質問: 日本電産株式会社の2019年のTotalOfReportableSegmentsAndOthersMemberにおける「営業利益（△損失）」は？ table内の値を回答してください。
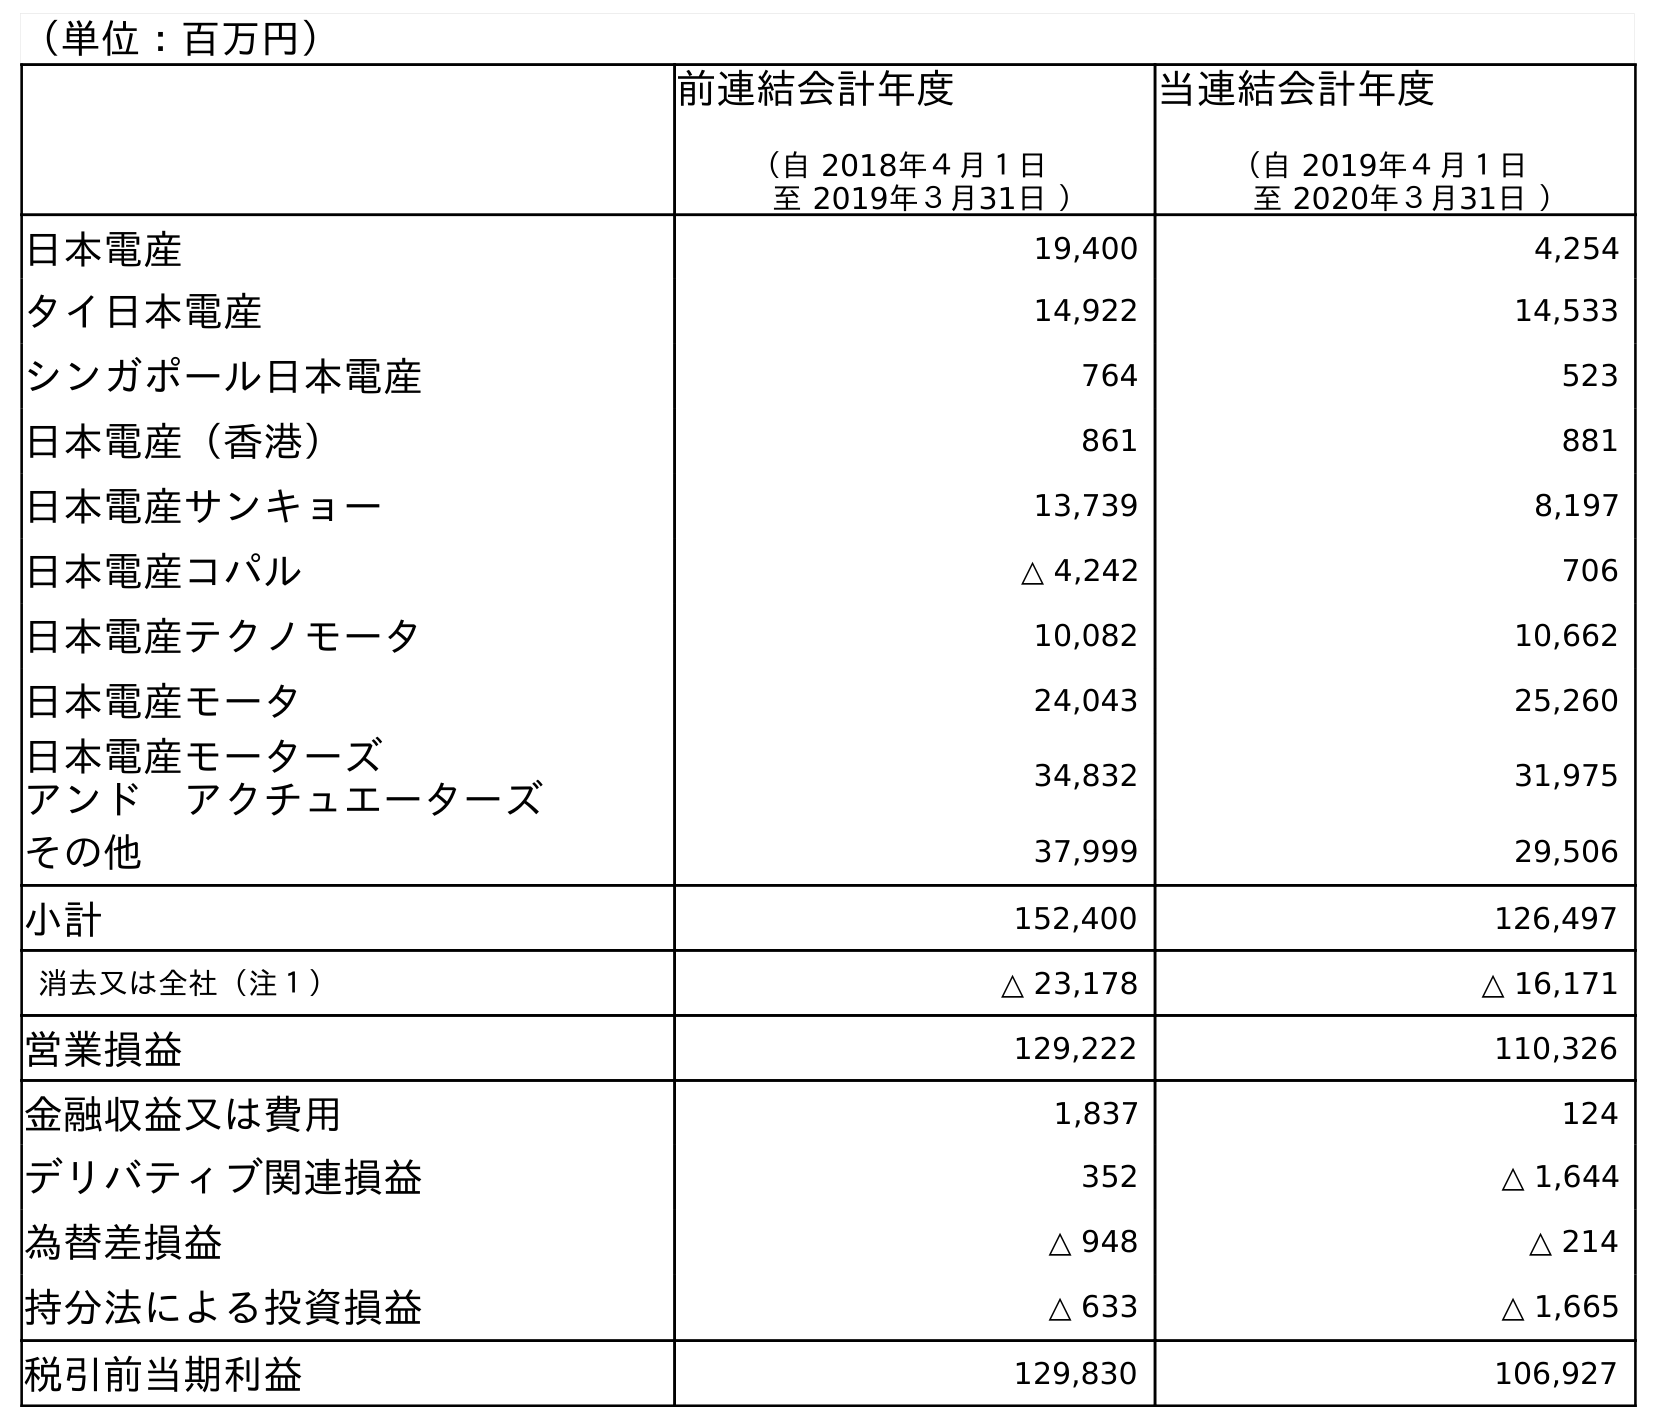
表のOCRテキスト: （単位：百万円） 前連結会計年度 （自 2018年４月１日 至 2019年３月31日 ） 当連結会計年度 （自 2019年４月１日 至 2020年３月31日 ） 日本電産 19,400 4,254 タイ日本電産 14,922 14,533 シンガポール日本電産 764 523 日本電産（香港） 861 881 日本電産サンキョー 13,739 8,197 日本電産コパル △ 4,242 706 日本電産テクノモータ 10,082 10,662 日本電産モータ 24,043 25,260 日本電産モーターズ アンド アクチュエーターズ 34,832 31,975 その他 37,999 29,506 小計 152,400 126,497 消去又は全社（注１） △ 23,178 △ 16,171 営業損益 129,222 110,326 金融収益又は費用 1,837 124 デリバティブ関連損益 352 △ 1,644 為替差損益 △ 948 △ 214 持分法による投資損益 △ 633 △ 1,665 税引前当期利益 129,830 106,927
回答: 152,400